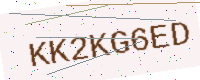
Text: KK2KG6ED